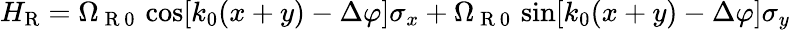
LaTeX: {H}_{\mathrm{{R}}}=\Omega_{\mathrm{~R~0~}}\cos[k_{0}(x+y)-\Delta\varphi]\sigma_{x}+\Omega_{\mathrm{~R~0~}}\sin[k_{0}(x+y)-\Delta\varphi]\sigma_{y}